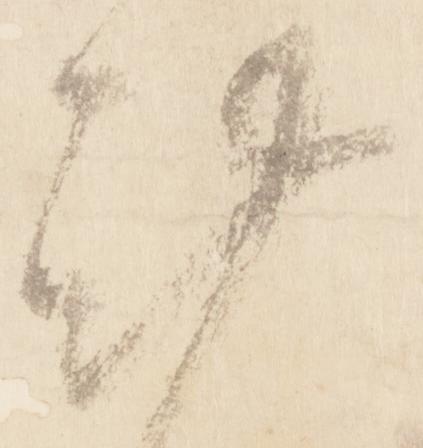
謹